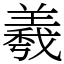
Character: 羲